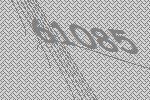
61085